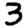
Digit: 3